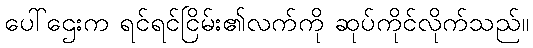
ပေါ်ဌေးက ရင်ရင်ငြိမ်း၏လက်ကို ဆုပ်ကိုင်လိုက်သည်။